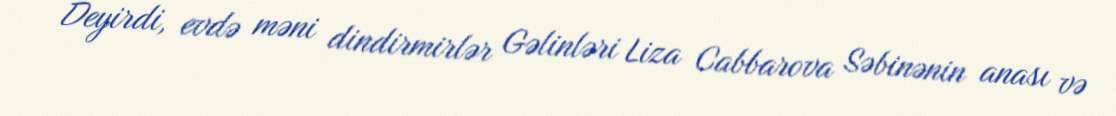
Deyirdi, evdə məni dindirmirlər Gəlinləri Liza Cabbarova Səbinənin anası və